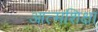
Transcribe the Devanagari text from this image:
आत्मशिक्षा